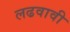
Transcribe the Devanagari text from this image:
लढवावी